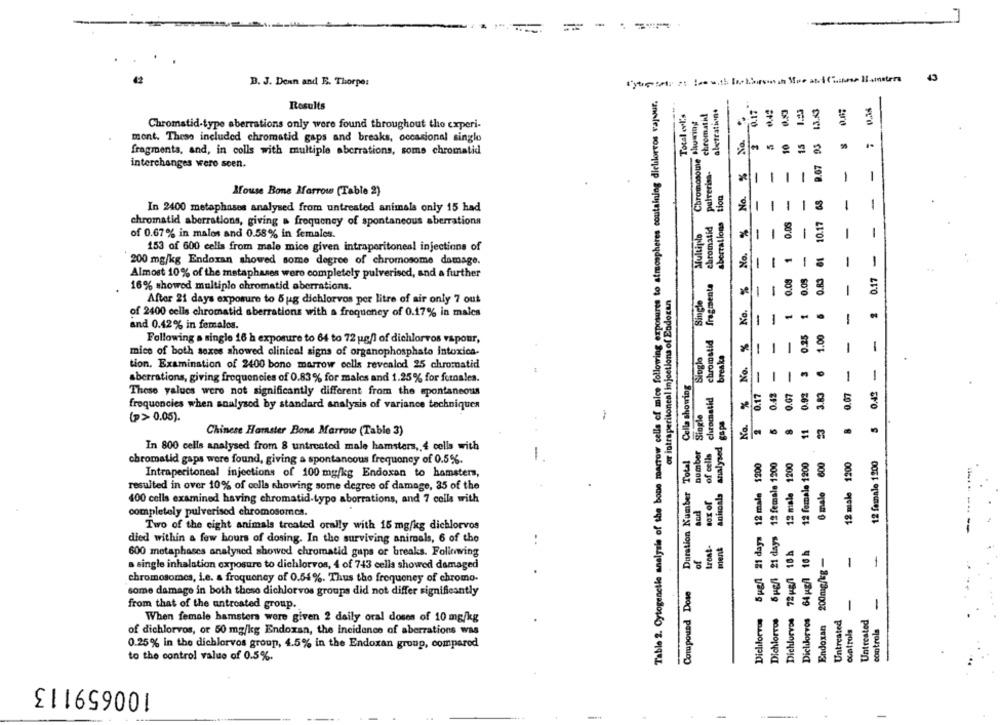
43
B. J. Denn and E. Thorpe:
Table 2. Cytogenelle analysis of the bone marrow cells of mice following exposures to atmospheres containing dichlorros vapur.
aletrativn+
0.17
9.07 93 1.3.13
Results
Total cvi's
chromati!
₩.42
1.23
Chromosome Showiny
No.
Chromatid-type aberrations only were found throughout the experi-
mont. These included chromatid gaps and breaks, occasional single
10
15
fragments, and, in colls with multiple aberrations, some chromatid
interchanges were seen.
pulverisa.
No. %
-
-
-
-
-
-
tion
Mouse Bone Marrow (Table 2)
-
-
-
-
68
-
-
In 2400 metaphases analysed from untreated animals only 15 had
chromatid
aberrations
0.05
10.17
chromatid aberrations, giving a frequency of spontaneous aberrations
%
-
-
-
-
-
Multiplo
of 0.67% in males and 0.58% in females.
No.
153 of 600 cells from male mice given intraperitoneal injections of
-
-
1
-
61
0.17 -
200 mg/kg Endoxan showed some degree of chromosome damage.
Almost 10% of the metaphases wero completely pulverised, and a further
No.%
0.09
0.08
O.R3
fragmenta
-
16% showed multiplo chromatid aberrations.
or intraperitoneal injections of Endogen
Single
After 21 days exposure to 5 ug dichlorvos per litre of air only 7 out
-
1
of 2400 cells chromatid aberrations with a frequency of 0.17% in males
and 0.42% in females.
No. % No. 8
chromatid
0.25
1.00
Following a single 16 h exposure to 64 to 72 ug/l of dichlorvos vapour,
-
-
1
1
mice of both sexes showed clinical signs of organophosphate intoxica-
Siogle
breaka
.
-
-
tion, Examination of 2400 bono marrow cells revealed 25 chromatid
-
-
1
aberrations, giving frequencies of 0.83% for males and 1.25% for funales.
Cella showing
0.42
These values were not significantly different from the spontaneous
chromatid
0.17
0.42
0.07
0.92
3.83
0.07
froquoncies when analysed by standard analysis of variance techniques
-
Siogle
(P>0.05).
2
11
23
Chinese Hamster Bone Marrow (Table 3)
-
number
anisoals analysed
In 800 cells analysed from 8 untreated male hamsters, 4 cells with
of cells
Duration Number Total
5 ggfl 21 days 12 male 1200
Sugli 21 days 12 female 1200
12 male 1200
12 female 1200
6 male 600
12 male 1200
12 female 1200
chromatid gaps were found, giving a spontaneous frequency of 0.5%.
Intraperitoneal injections of 100 mg/kg Endoxan to hamsters,
resulted in over 10% of cells showing some degree of damage, 35 of the
400 cells examined having chromatid-typo aborrations, and 7 cells with
sod
completely pulverised chromosomes.
Two of the eight animals treated orally with 15 mg/kg dichlorvos
..
died within a few hours of dosing. In the surviving animals, 6 of the
ment
72 ug/1 18 h
64 ug/1 16 h
-
-
600 metaphases analysed showed chromatid gaps or breaks. Following
of
200mg/kg -
a single inhalation exposure to dichlorvos, 4 of 743 cella showed damaged
chromosomes, i.e. a frequency of 0.54%. Thus tho frequeney of chromo-
Compound Dose
some damage in both those dichlorvos groups did not differ significantly
-
from that of the untreated group.
Dichlurvos
Dichlorvos
Dielilorvos
Dichlorvos
Endoxan
Untreated
Untreated
When female hamsters were given 2 daily oral doses of 10 mg/kg
controls
controla
of dichlorvos, or 50 mg/kg Endoxan, the incidence of aberrations was
0.25% in the dichlorvos group, 4.5% in the Endoxan group, compared
to the control value of 0.5%.
100659113
-
-